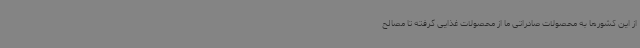
از این کشورها به محصولات صادراتی ما از محصولات غذایی گرفته تا مصالح